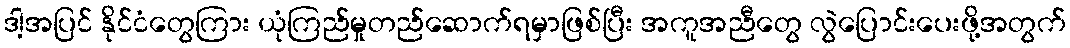
ဒါ့အပြင် နိုင်ငံတွေကြား ယုံကြည်မှုတည်ဆောက်ရမှာဖြစ်ပြီး အကူအညီတွေ လွဲပြောင်းပေးဖို့အတွက်